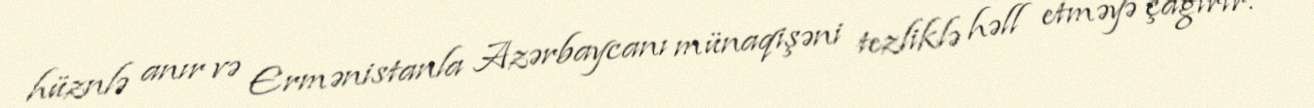
hüznlə anır və Ermənistanla Azərbaycanı münaqişəni tezliklə həll etməyə çağırır.